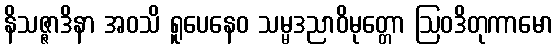
နိသဇ္ဇာဒိနာ အဝသိ ရူပေနေဝ သမ္မဒညာဝိမုတ္တော ဩဝဒိတုကာမော